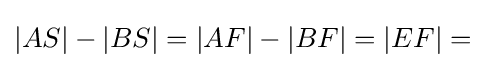
|AS|-|BS|=|AF|-|BF|=|EF|=